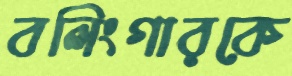
বলিংগারকে